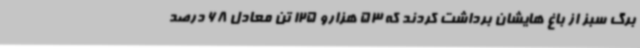
برگ سبز از باغ هایشان برداشت کردند که 53 هزارو 125 تن معادل 68 درصد